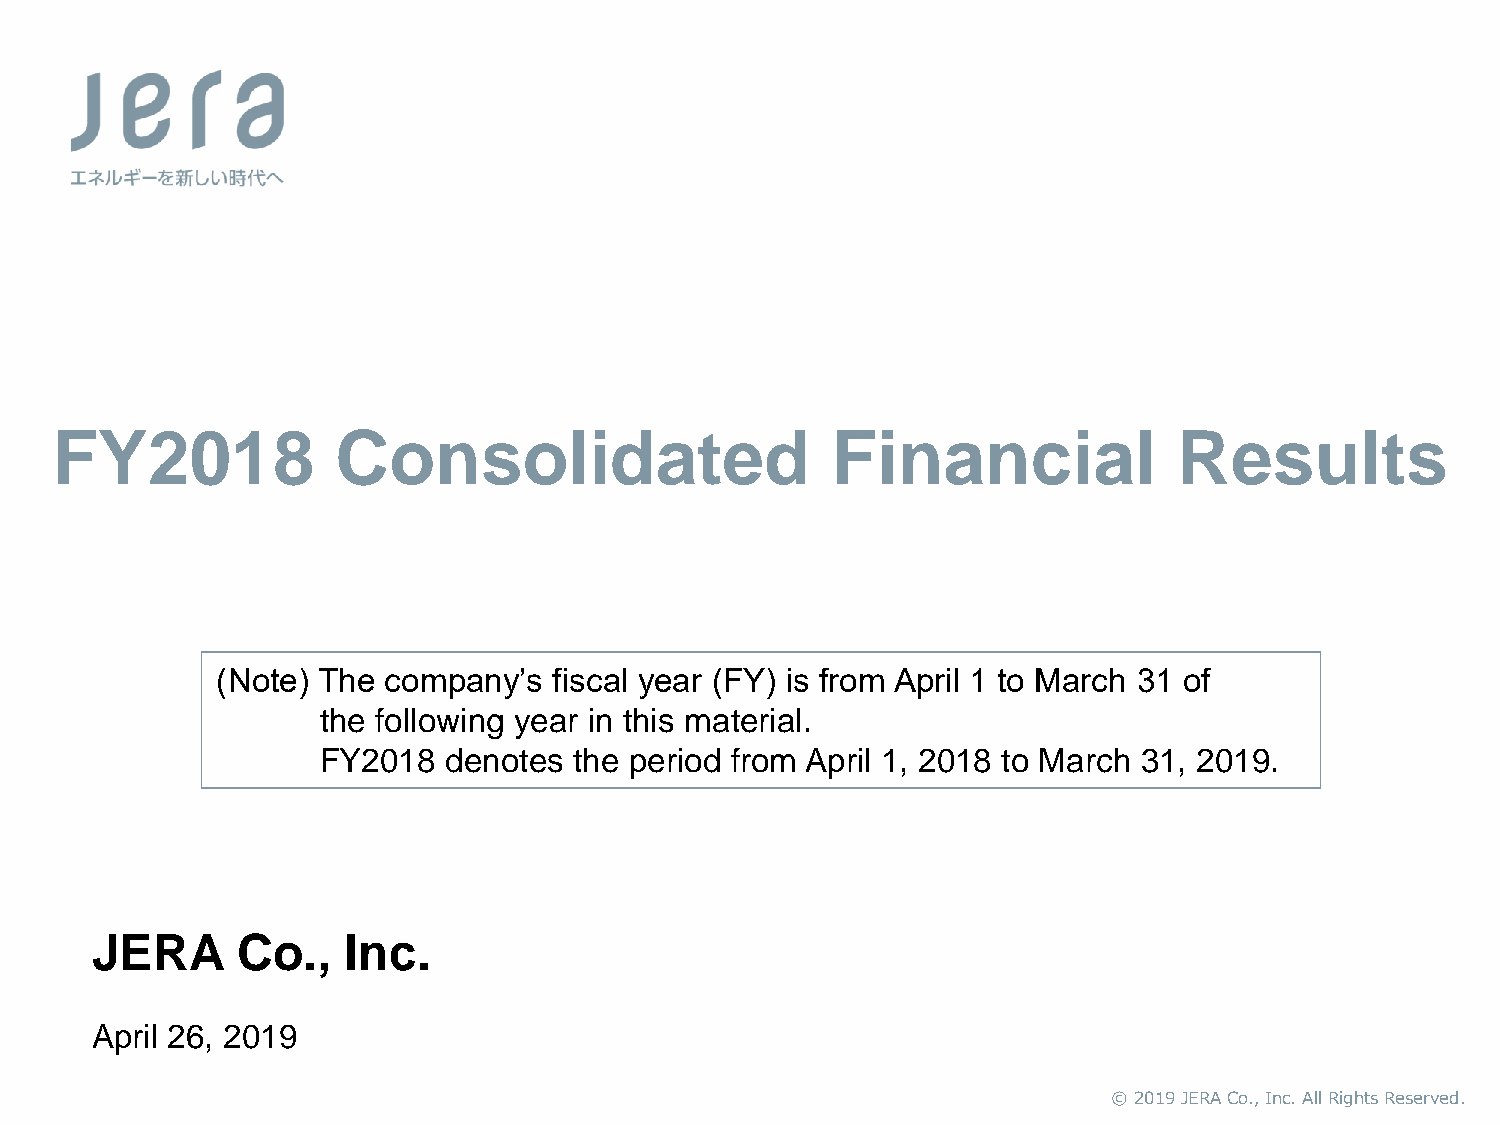
FY2018             Consolidated                     Financial              Results
 (Note) The company’s   fiscal year (FY) is from April 1 to March 31 of
 the following year in this material.
 FY2018  denotes  the period from April 1, 2018 to March 31, 2019.
 JERA      Co.,   Inc.
 April 26, 2019
 ©© 22001199 JJEERRAA CCoo..,, IInncc.. AAllll RRiigghhttss RReesseerrvveedd..